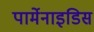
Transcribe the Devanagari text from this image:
पार्मेनाइडिस